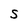
Character: S